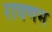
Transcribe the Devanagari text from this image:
रावणम